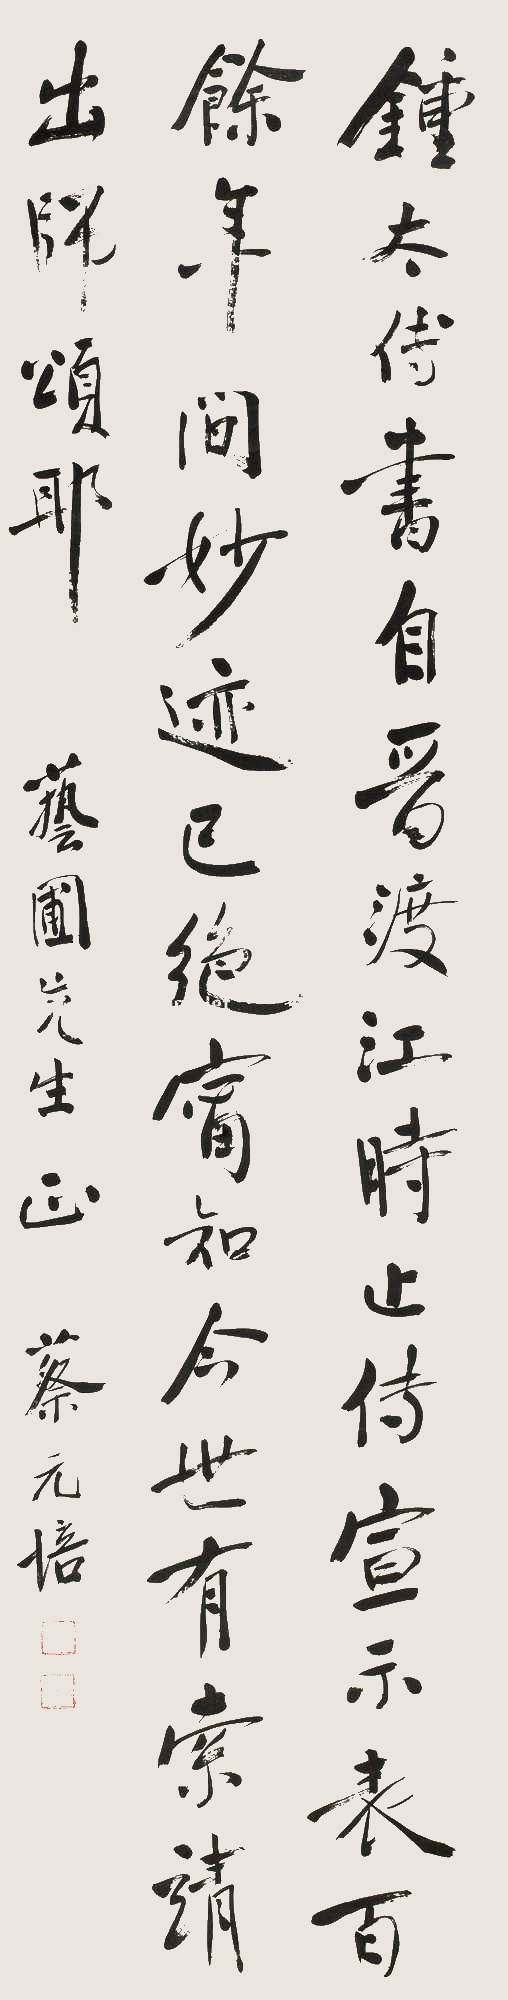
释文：钟太傅书自晋渡江时止传《宣示表》，百余年间妙迹已绝，宁知今世有索靖《出师颂》耶？艺圃先生正，蔡元培。